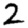
Digit: 2